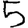
Digit: 5